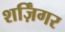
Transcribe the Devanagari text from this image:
शर्ज़िंगर